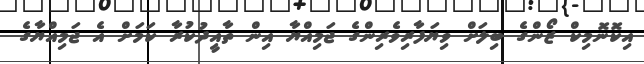
އިކޮނޮމިކް ޒޯންގެ ބިލަށް ވިޔަފާރިވެރިންގެ ޖަމިއްޔާ އިން ތާއީދުކުރާ ކަމަށް އެ ޖަމިއްޔާގެ